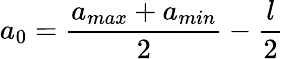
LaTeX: a_{0}=\frac{a_{max}+a_{min}}{2}-\frac{l}{2}